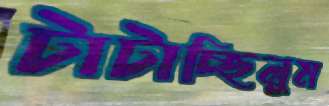
টাটাচ্ছিলুম